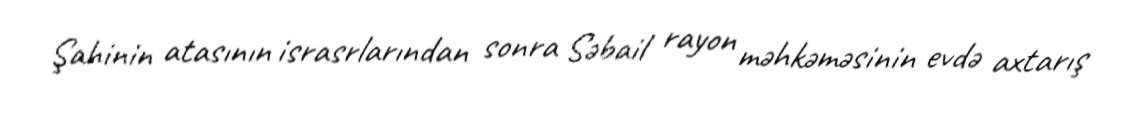
Şahinin atasının israsrlarından sonra Səbail rayon məhkəməsinin evdə axtarış